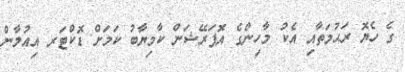
ގެ ހެޔޮ ރަޙުމަތާއި އެކު މާހިންގެ އޮޕަރޭޝަން ކާމިޔާބު ކަމަށް ޑޮކްޓަރ އިއުލާން